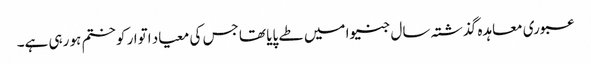
عبوری معاہدہ گذشتہ سال جنیوا میں طے پایا تھا جس کی معیاد اتوار کو ختم ہو رہی ہے۔